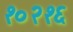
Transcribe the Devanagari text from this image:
१०२१६